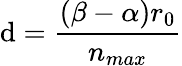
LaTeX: \mathrm{d}=\frac{{(\beta-\alpha)r_{0}}}{{n_{max}}}